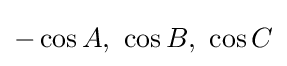
-\cos A,\ \cos B,\ \cos C